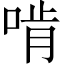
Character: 啃